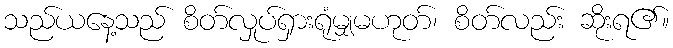
သည်ယနေ့သည် စိတ်လှုပ်ရှားရုံမျှမဟုတ်၊ စိတ်လည်း ဆိုးရ၏။